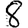
Digit: 8